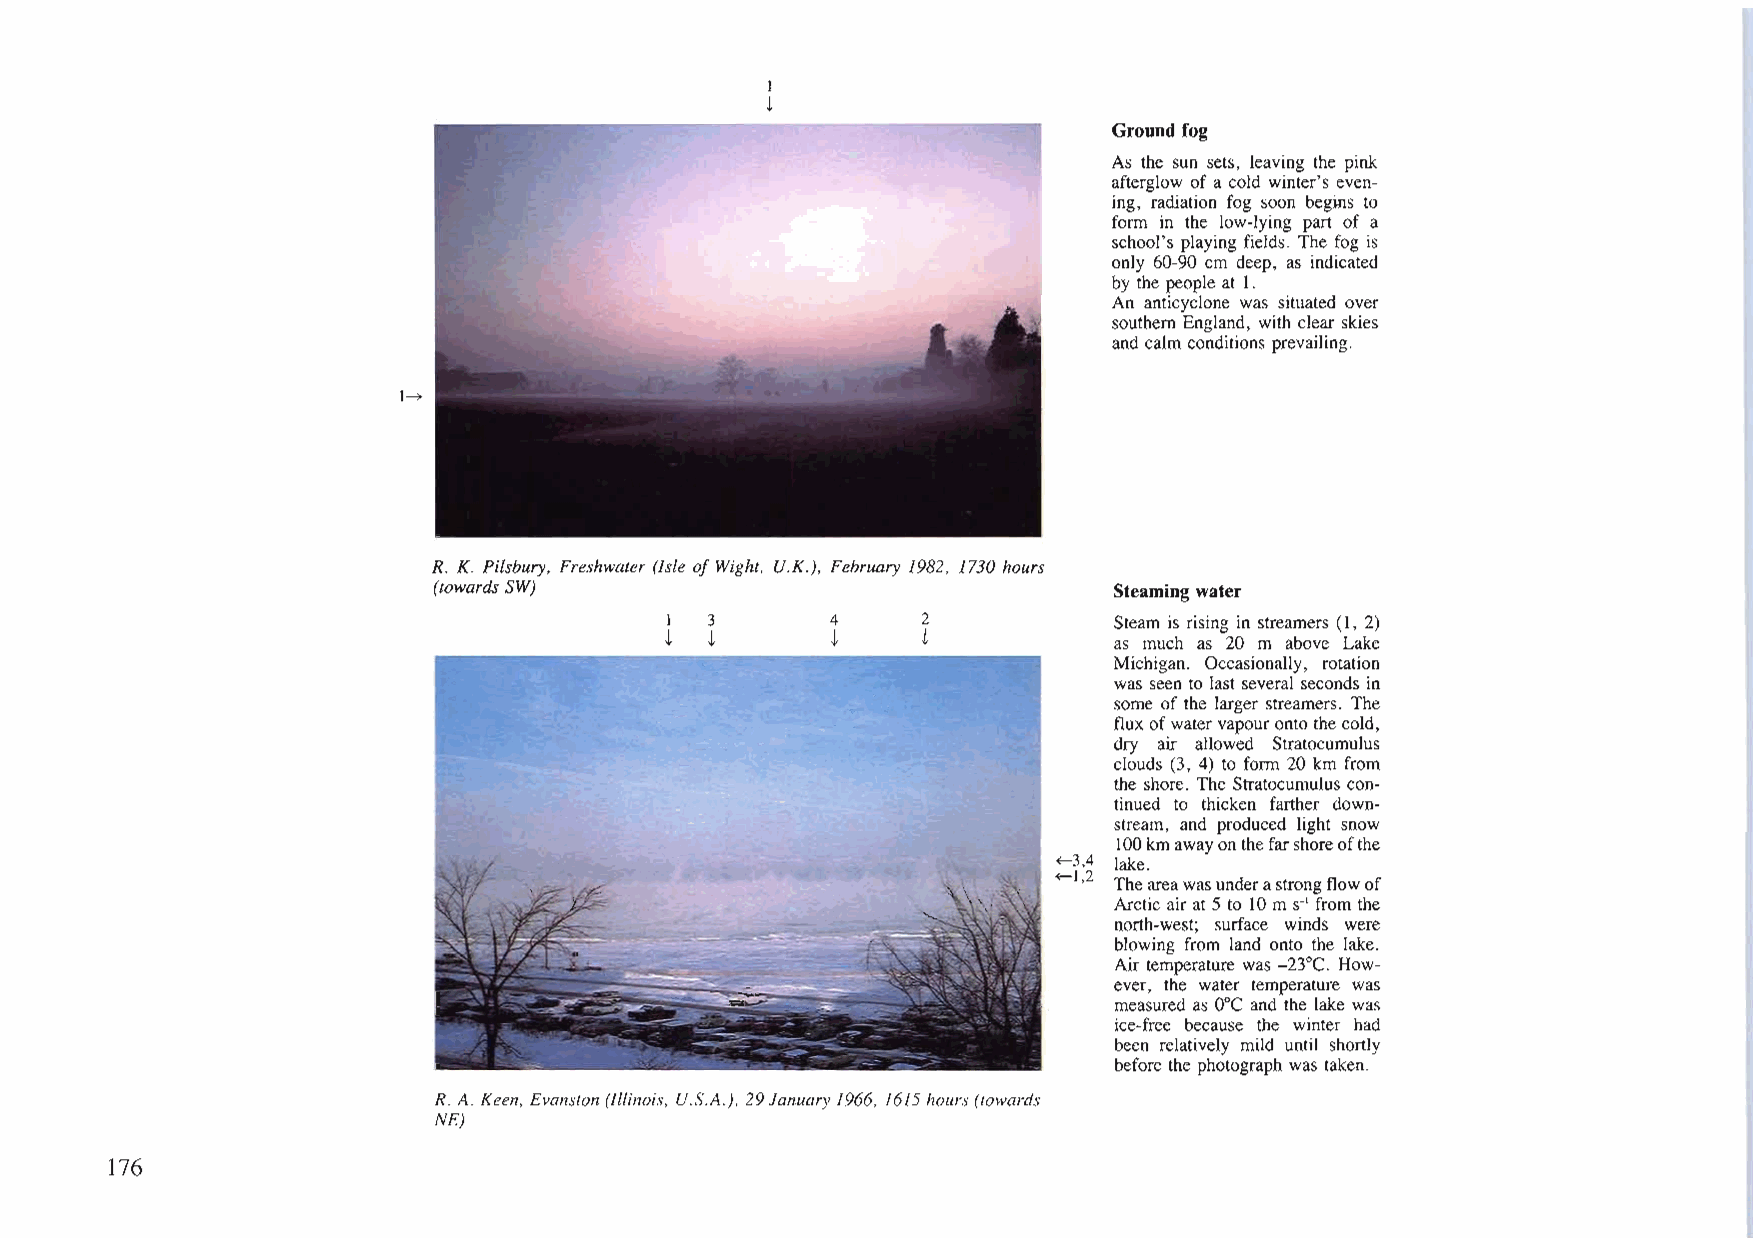
I
 L
 Ground fog
 As the sun sets, leaving the pink
 afterglow of a cold winter's even
 ing, radiation fog soon begms to
 form in the low-lying part of a
 school's playing fields. The fog is
 only 60-90 cm deep, as indicated
 by the people at I.
 An anticyclone was situated over
 southern England, with clear skies
 and calm conditions prevailing.
 I~
 R. K. Pilsbury, Freshwater (Isle ofWight, U.K.), February 1982, 1730 hours
 (towards SW)                                 Steaming water
 I  3       4     2            Steam is rising in streamers (I, 2)
 L  L       L     L            as much as 20 m above Lake
 Michigan. Occasionally, rotation
 was seen to last several seconds in
 some of the larger streamers. The
 flux ofwatervapourontothe cold,
 dry air allowed Stratocumulus
 clouds (3, 4) to form 20 km from
 the shore. The Stratocumulus con
 tinued to thicken farther down
 stream, and produced light snow
 lOOkmawayonthefarshoreofthe
 ~3,4 lake.
 ~1,2 Theareawasunderastrongflowof
 Arctic air at5 to 10 mS-1 from the
 north-west; surface winds were
 blowing from land onto the lake.
 Air temperature was -23°e. How
 ever, the water temperature was
 ooe
 measured as and the lake was
 ice-free because the winter had
 been relatively mild until shortly
 before the photograph was taken.
 R. A. Keen, Evanston (Illinois, U.S.A.), 29January 1966,16/5hours(towards
 NE)
 176